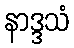
နာဒ္ဒသံ